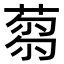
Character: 𦷝